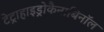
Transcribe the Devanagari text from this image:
टेट्राहाइड्रोकैनाबिनॉल